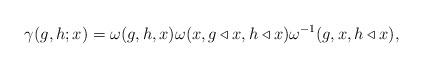
LaTeX: \begin{align*}\gamma (g, h; x)=\omega (g, h, x)\omega (x, g\triangleleft x, h\triangleleft x)\omega ^{-1}(g, x,h\triangleleft x), \end{align*}